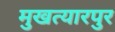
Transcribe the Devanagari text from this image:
मुखत्यारपुर